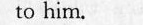
to him,